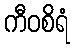
ကီဝစိရံ